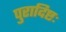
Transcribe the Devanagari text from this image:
पुरादिष्टः